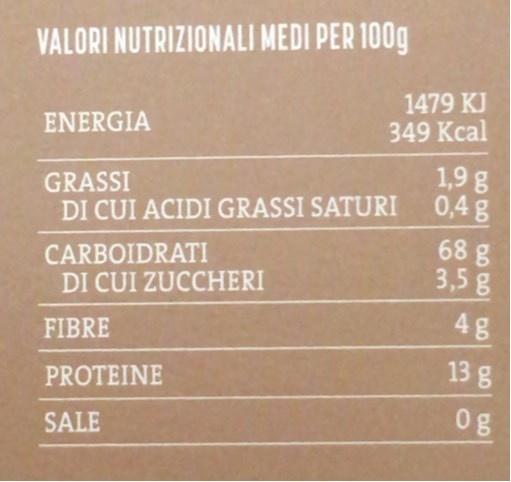
VALORI NUTRIZIONALI MEDI PER 100g
1479 KJ 349 Kcal
ENERGIA
GRASSI DI CUI ACIDI GRASSI SATURI
1,9g 0,4 g
CARBOIDRATI DI CUI ZUCCHERI
68 g 3,5 g
4g
FIBRE
13 g
PROTEINE
0g
SALE